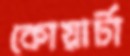
কোয়ার্টা